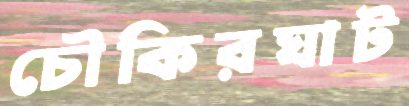
চৌকিরঘাট